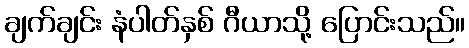
ချက်ချင်း နံပါတ်နှစ် ဂီယာသို့ ပြောင်းသည်။